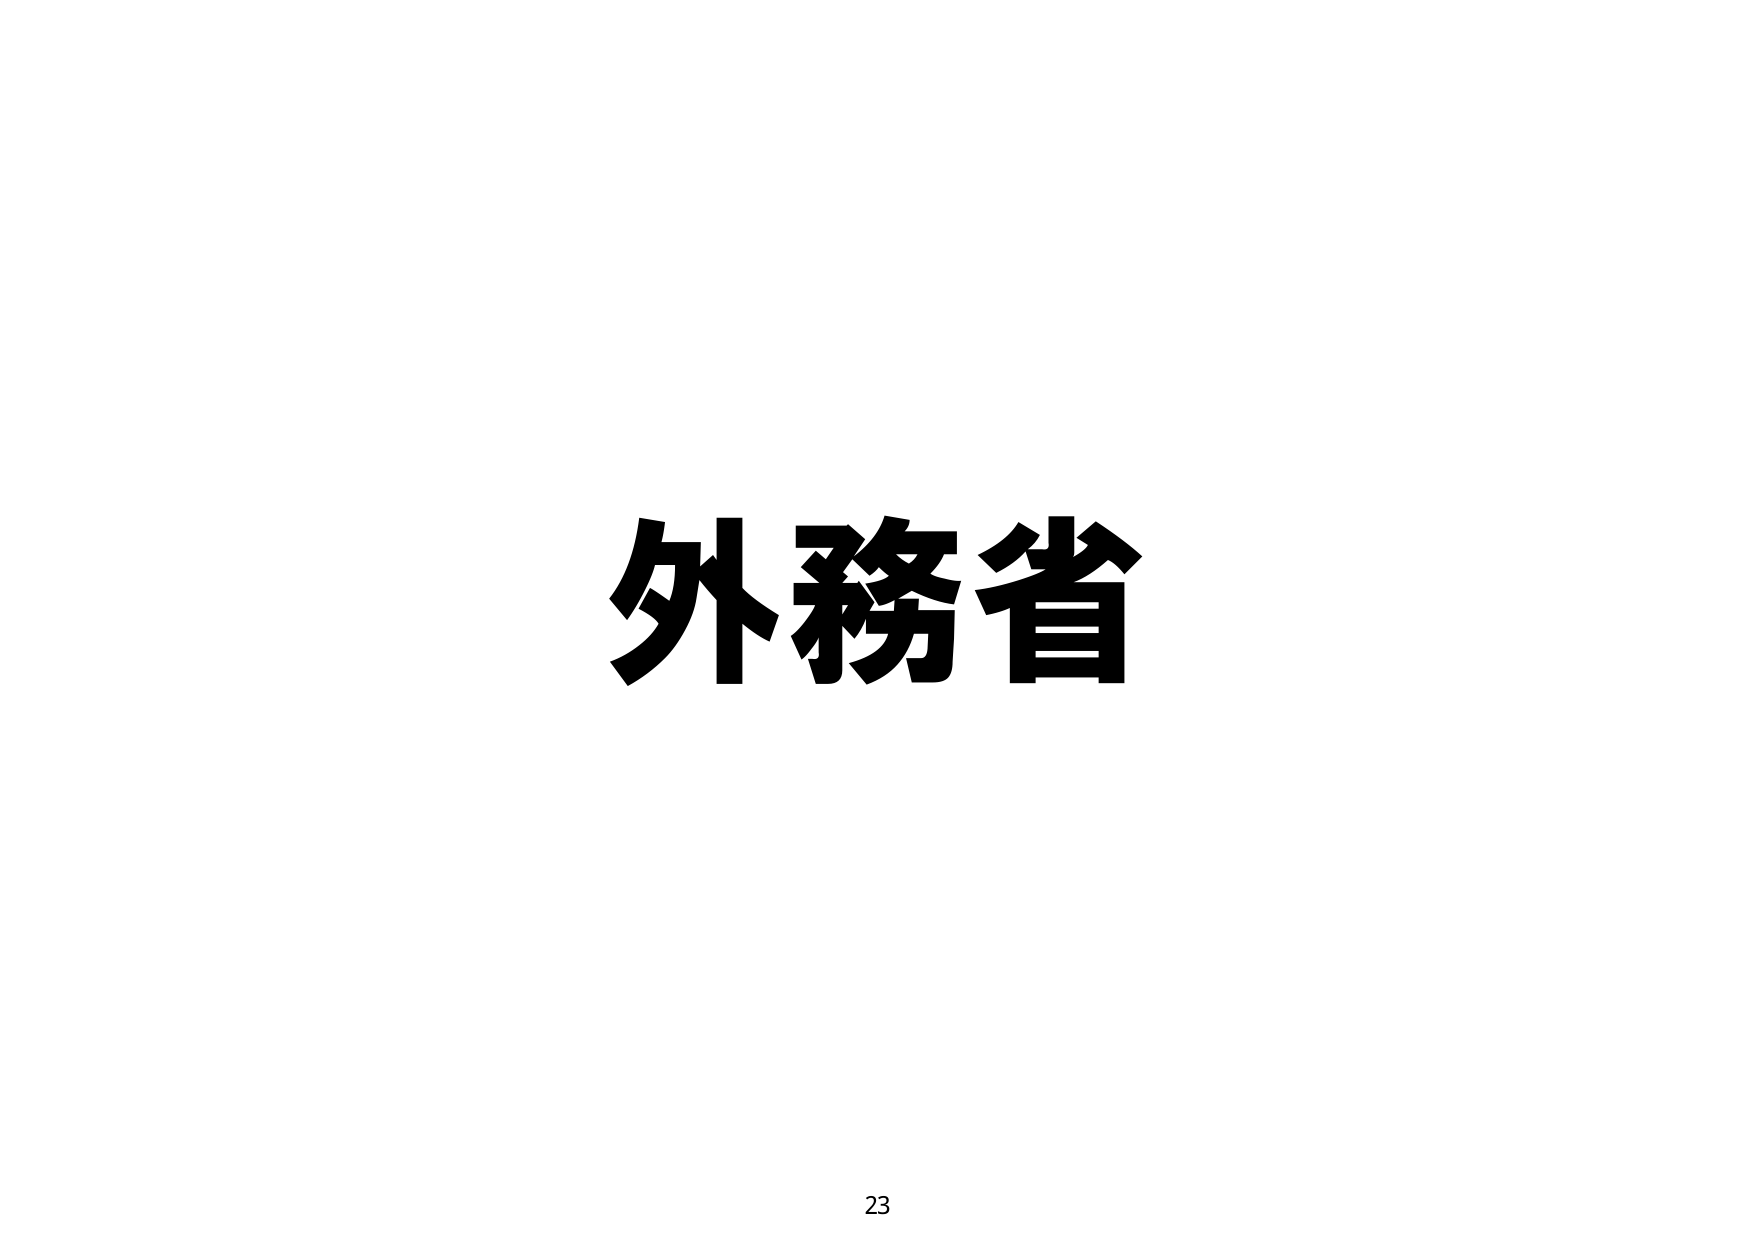
外務省
23